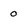
Character: 0